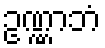
ဥဏ္ဏာဘံ